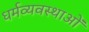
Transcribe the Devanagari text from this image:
धर्मव्यवस्थाओं